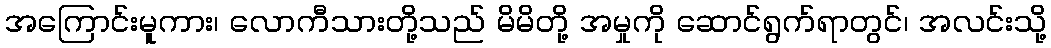
အကြောင်းမူကား၊ လောကီသားတို့သည် မိမိတို့ အမှုကို ဆောင်ရွက်ရာတွင်၊ အလင်းသို့